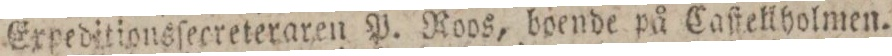
Expeditionsſecreteraren P. Roos, boende på Caſtellholmen.